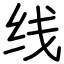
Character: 线